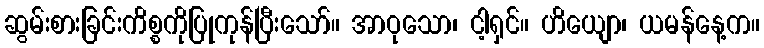
ဆွမ်းစားခြင်းကိစ္စကိုပြုကုန်ပြီးသော်။ အာဝုသော၊ ငါ့ရှင်။ ဟိယျော၊ ယမန်နေ့က။